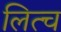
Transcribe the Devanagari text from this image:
लित्च